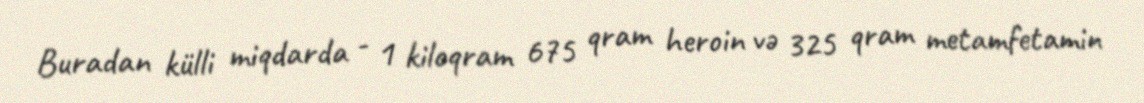
Buradan külli miqdarda - 1 kiloqram 675 qram heroin və 325 qram metamfetamin